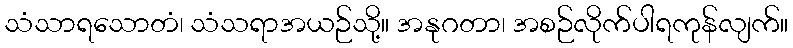
သံသာရသောတံ၊ သံသရာအယဉ်သို့။ အနုဂတာ၊ အစဉ်လိုက်ပါရကုန်လျက်။